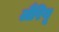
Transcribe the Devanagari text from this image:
लैरियू